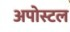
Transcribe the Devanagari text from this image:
अपोस्टल